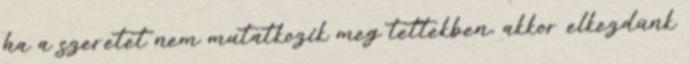
ha a szeretet nem mutatkozik meg tettekben, akkor elkezdünk